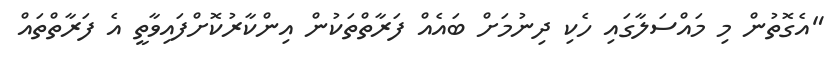
"އެގޮތުން މި މައްސަލާގައި ހެކި ދިނުމަށް ބައެއް ފަރާތްތަކުން އިންކާރުކޮށްފައިވާތީ އެ ފަރާތްތައް